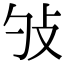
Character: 𢻭